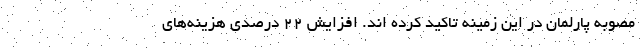
مصوبه پارلمان در این زمینه تاکید کرده اند. افزایش ۲۲ درصدی هزینه‌های